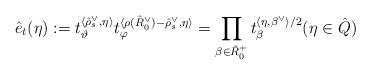
LaTeX: \begin{align*}\hat e_t(\eta ):= t_{\vartheta}^{\langle \hat \rho^\vee_s,\eta\rangle}t_{\varphi}^{\langle \rho(\hat R_0^\vee)-\hat \rho^\vee_s,\eta\rangle}=\prod_{\beta\in {\hat R_0^+}} t_{\beta}^{\langle \eta, \beta^\vee\rangle/2 } (\eta\in {\hat Q})\end{align*}